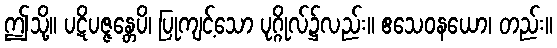
ဤသို့။ ပဋိပဇ္ဇန္တေပိ၊ ပြုကျင့်သော ပုဂ္ဂိုလ်၌လည်း။ ဧသေဝနယော၊ တည်း။